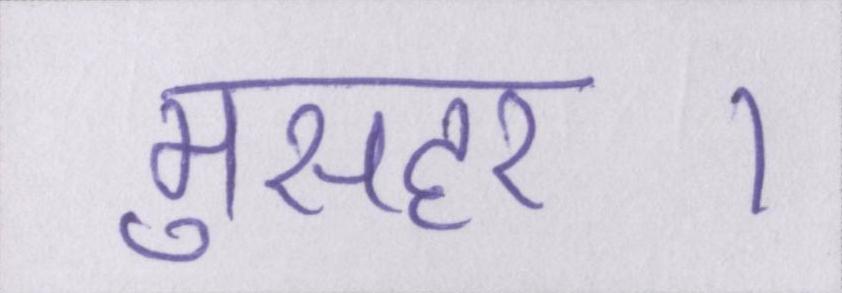
मुसहर।